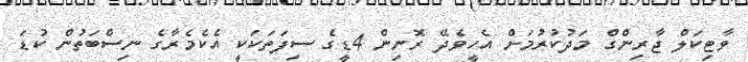
ވާޓިކަލް ޖާރިންގް މަދުކުރުމަށް އެހީވެދޭ ރޮނިން 4ޑީގެ ސިފަތަކަކީ އެކެމެރާގެ ނިސްބަތުން ކުޑަ